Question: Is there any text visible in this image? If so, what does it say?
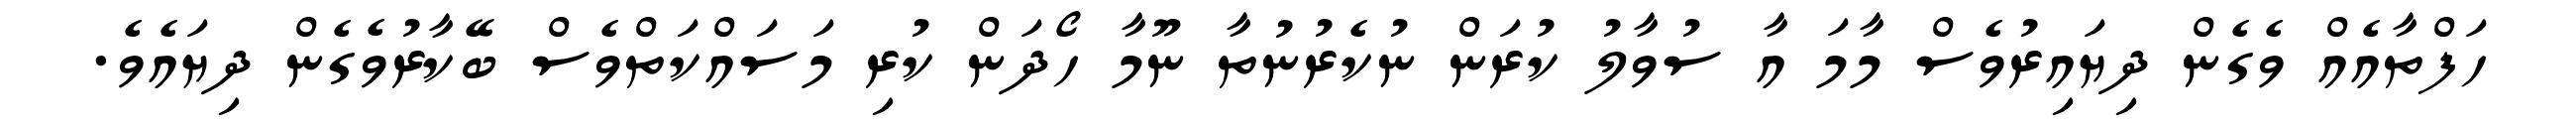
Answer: ހަފްތާއެއް ވެގެން ދިޔައިރުވެސް މާމަ އާ ސުވާލު ކުރަން ނުކެރުނުތާ ނޫމާ ހޯދަން ކުރި މަސައްކަތްވެސް ބޭކާރުވެގެން ދިޔައެވެ.